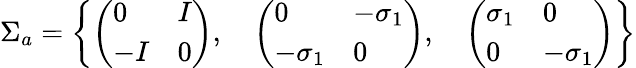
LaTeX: \Sigma_{a}=\left\{ \left(\begin{array}{ll}{{0}}&{{I}}\\ {{-I}}&{{0}}\end{array}\right),\quad\left(\begin{array}{ll}{{0}}&{{-\sigma_{1}}}\\ {{-\sigma_{1}}}&{{0}}\end{array}\right),\quad\left(\begin{array}{ll}{{\sigma_{1}}}&{{0}}\\ {{0}}&{{-\sigma_{1}}}\end{array}\right)\right\}